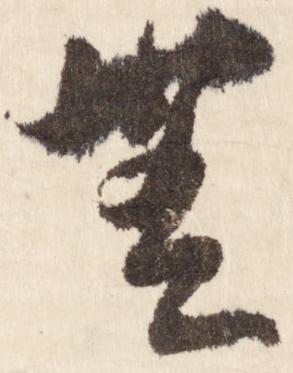
無